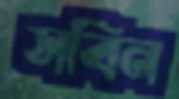
সবিন